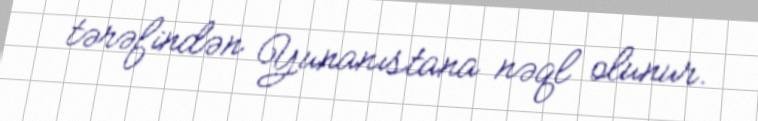
tərəfindən Yunanıstana nəql olunur.